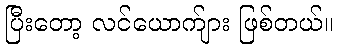
ပြီးတော့ လင်ယောက်ျား ဖြစ်တယ်။